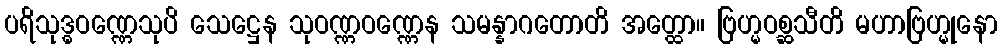
ပရိသုဒ္ဓဝဏ္ဏေသုပိ သေဋ္ဌေန သုဝဏ္ဏဝဏ္ဏေန သမန္နာဂတောတိ အတ္ထော။ ဗြဟ္မဝစ္ဆသီတိ မဟာဗြဟ္မုနော